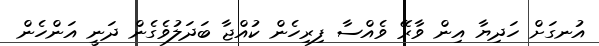
އުނގަށް ހަދިޔާ އިން ވާރޭ ވެއްސާ ފިރިހެން ކުއްޖާ ބަދަލުވެގެން ދަނީ އަންހެން